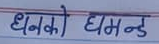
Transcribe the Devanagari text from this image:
धनको घमन्द